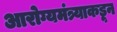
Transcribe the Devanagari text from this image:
आरोग्यमंत्र्याकडून